Language: tamil
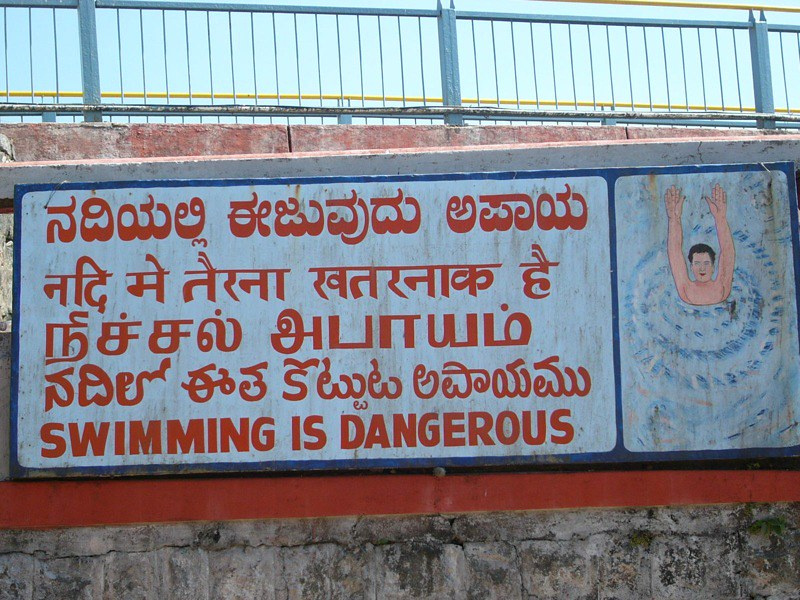
Transcription: நீச்சல் அபாயம்